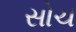
સોચ